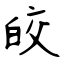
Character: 皎